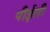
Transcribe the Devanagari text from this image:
पीईली